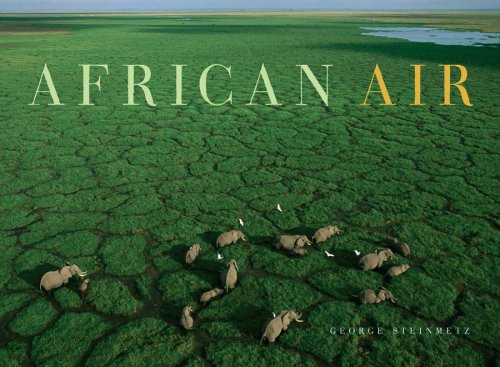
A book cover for African Air; George Steinmetz; Arts & Photography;